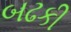
બઢકી